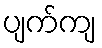
ပျက်ကျ